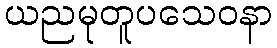
ယညမုတူပသေဝနာ